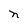
Character: n